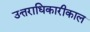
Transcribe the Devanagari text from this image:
उत्तराधिकारीकाल